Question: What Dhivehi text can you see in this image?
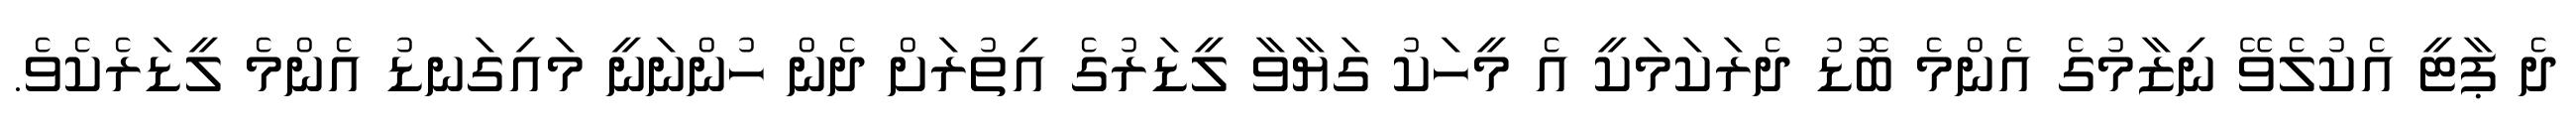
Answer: ދެ ޕާޓީ އެކުލެވޭ ނިޒާމުގެ އެންމެ ބޮޑު ދެރަކަމަކީ އެ މީހަކު ގަޔާވާ ލީޑަރުގެ އިތުރަށް ދެން ހުންނަނީ މައިގަނޑު އެންމެ ލީޑަރެކެވެ.